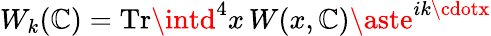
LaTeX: W_{k}(\mathbb{C})=\mathrm{{Tr}}\intd^{4}x\, W(x,\mathbb{C})\aste^{ik\cdotx}